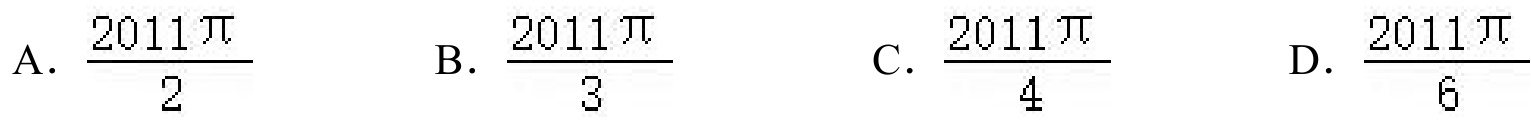
A. \(\frac{2011\pi}{2}\)  B. \(\frac{2011\pi}{3}\)  C. \(\frac{2011\pi}{4}\)  D. \(\frac{2011\pi}{6}\)